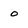
Character: 0